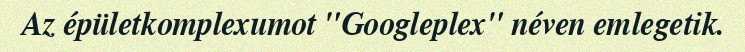
Az épületkomplexumot "Googleplex" néven emlegetik.